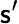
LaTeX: \mathsf{s}^{\prime}